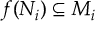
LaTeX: f ( N _ { i } ) \subseteq M _ { i }